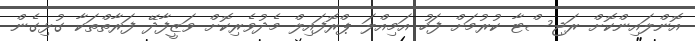
އޮންލައިންކޮށް ރަޖިސްޓާ ކުރުމަށް ފަހު އަމިއްލަ ޕްރޮފައިލް މެދުވެރިކޮށް ވަޒީފާދޭ ފަރާތްތަކާ ގުޅިގެން